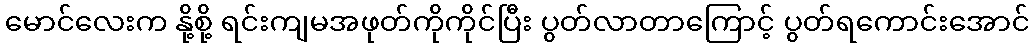
မောင်လေးက နို့စို့ ရင်းကျမအဖုတ်ကိုကိုင်ပြီး ပွတ်လာတာကြောင့် ပွတ်ရကောင်းအောင်